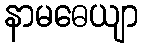
နာမဓေယျာ